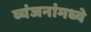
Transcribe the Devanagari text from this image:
व्यंजनांमध्ये